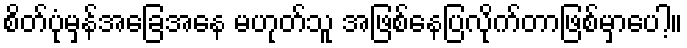
စိတ်ပုံမှန်အခြေအနေ မဟုတ်သူ အဖြစ်နေပြလိုက်တာဖြစ်မှာပေါ့။